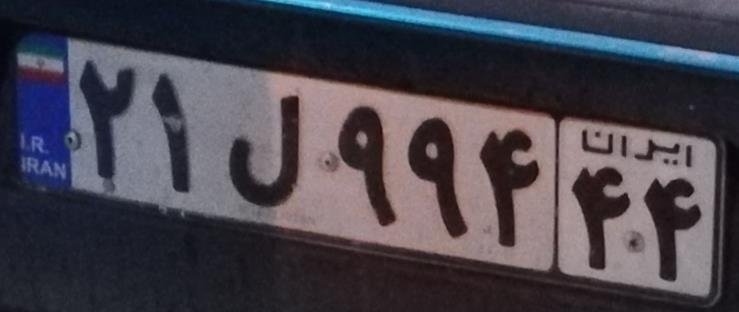
۲۱ل۹۹۴۴۴